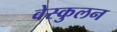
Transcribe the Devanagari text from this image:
वेस्कुलन